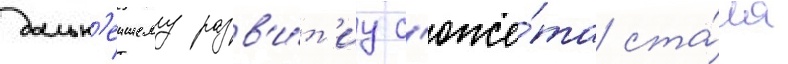
дальн'еишему разв'и́т'иу с'юже́та ста́ла